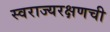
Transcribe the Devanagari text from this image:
स्वराज्यरक्षणची